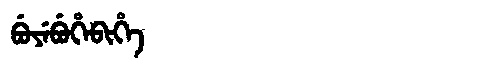
Manchu: ᠪᡠᠶᡝᠪᡠᡥᡝᠪᡳᡥᡝ
Romanization: BUYEBUHEBIHE